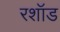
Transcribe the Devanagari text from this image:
रशॉड